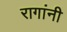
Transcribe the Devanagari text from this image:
रागांनी